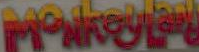
Makyti